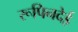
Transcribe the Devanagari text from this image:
रूपिनदेई